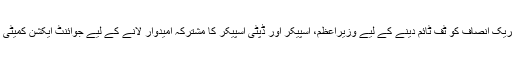
کانفرنس میں تحریک انصاف کو ٹف ٹائم دینے کے لیے وزیراعظم، اسپیکر اور ڈپٹی اسپیکر کا مشترکہ امیدوار لانے کے لیے جوائنٹ ایکشن کمیٹی تشکیل دی گئی ۔